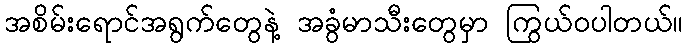
အစိမ်းရောင်အရွက်တွေနဲ့ အခွံမာသီးတွေမှာ ကြွယ်ဝပါတယ်။